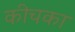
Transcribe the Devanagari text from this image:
कीचका